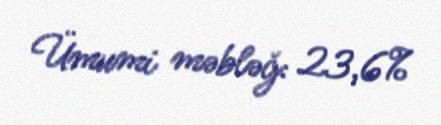
Ümumi məbləğ: 23,6%